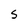
Character: s